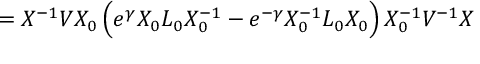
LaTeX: = X ^ { - 1 } V X _ { 0 } \, \Big ( e ^ { \gamma } X _ { 0 } L _ { 0 } X _ { 0 } ^ { - 1 } - e ^ { - \gamma } X _ { 0 } ^ { - 1 } L _ { 0 } X _ { 0 } \Big ) \, X _ { 0 } ^ { - 1 } V ^ { - 1 } X